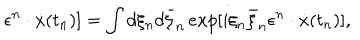
\epsilon ^ { n } \cdot \dot { x } ( t _ { n } ) ] = \int d \xi _ { n } d \bar { \xi } _ { n } \, e x p [ i \xi _ { n } \bar { \xi } _ { n } \epsilon ^ { n } \cdot \dot { x } ( t _ { n } ) ] ,